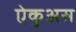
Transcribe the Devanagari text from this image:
ऐकुअस